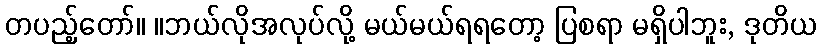
တပည့်တော်။ ။ဘယ်လိုအလုပ်လို့ မယ်မယ်ရရတော့ ပြစရာ မရှိပါဘူး, ဒုတိယ